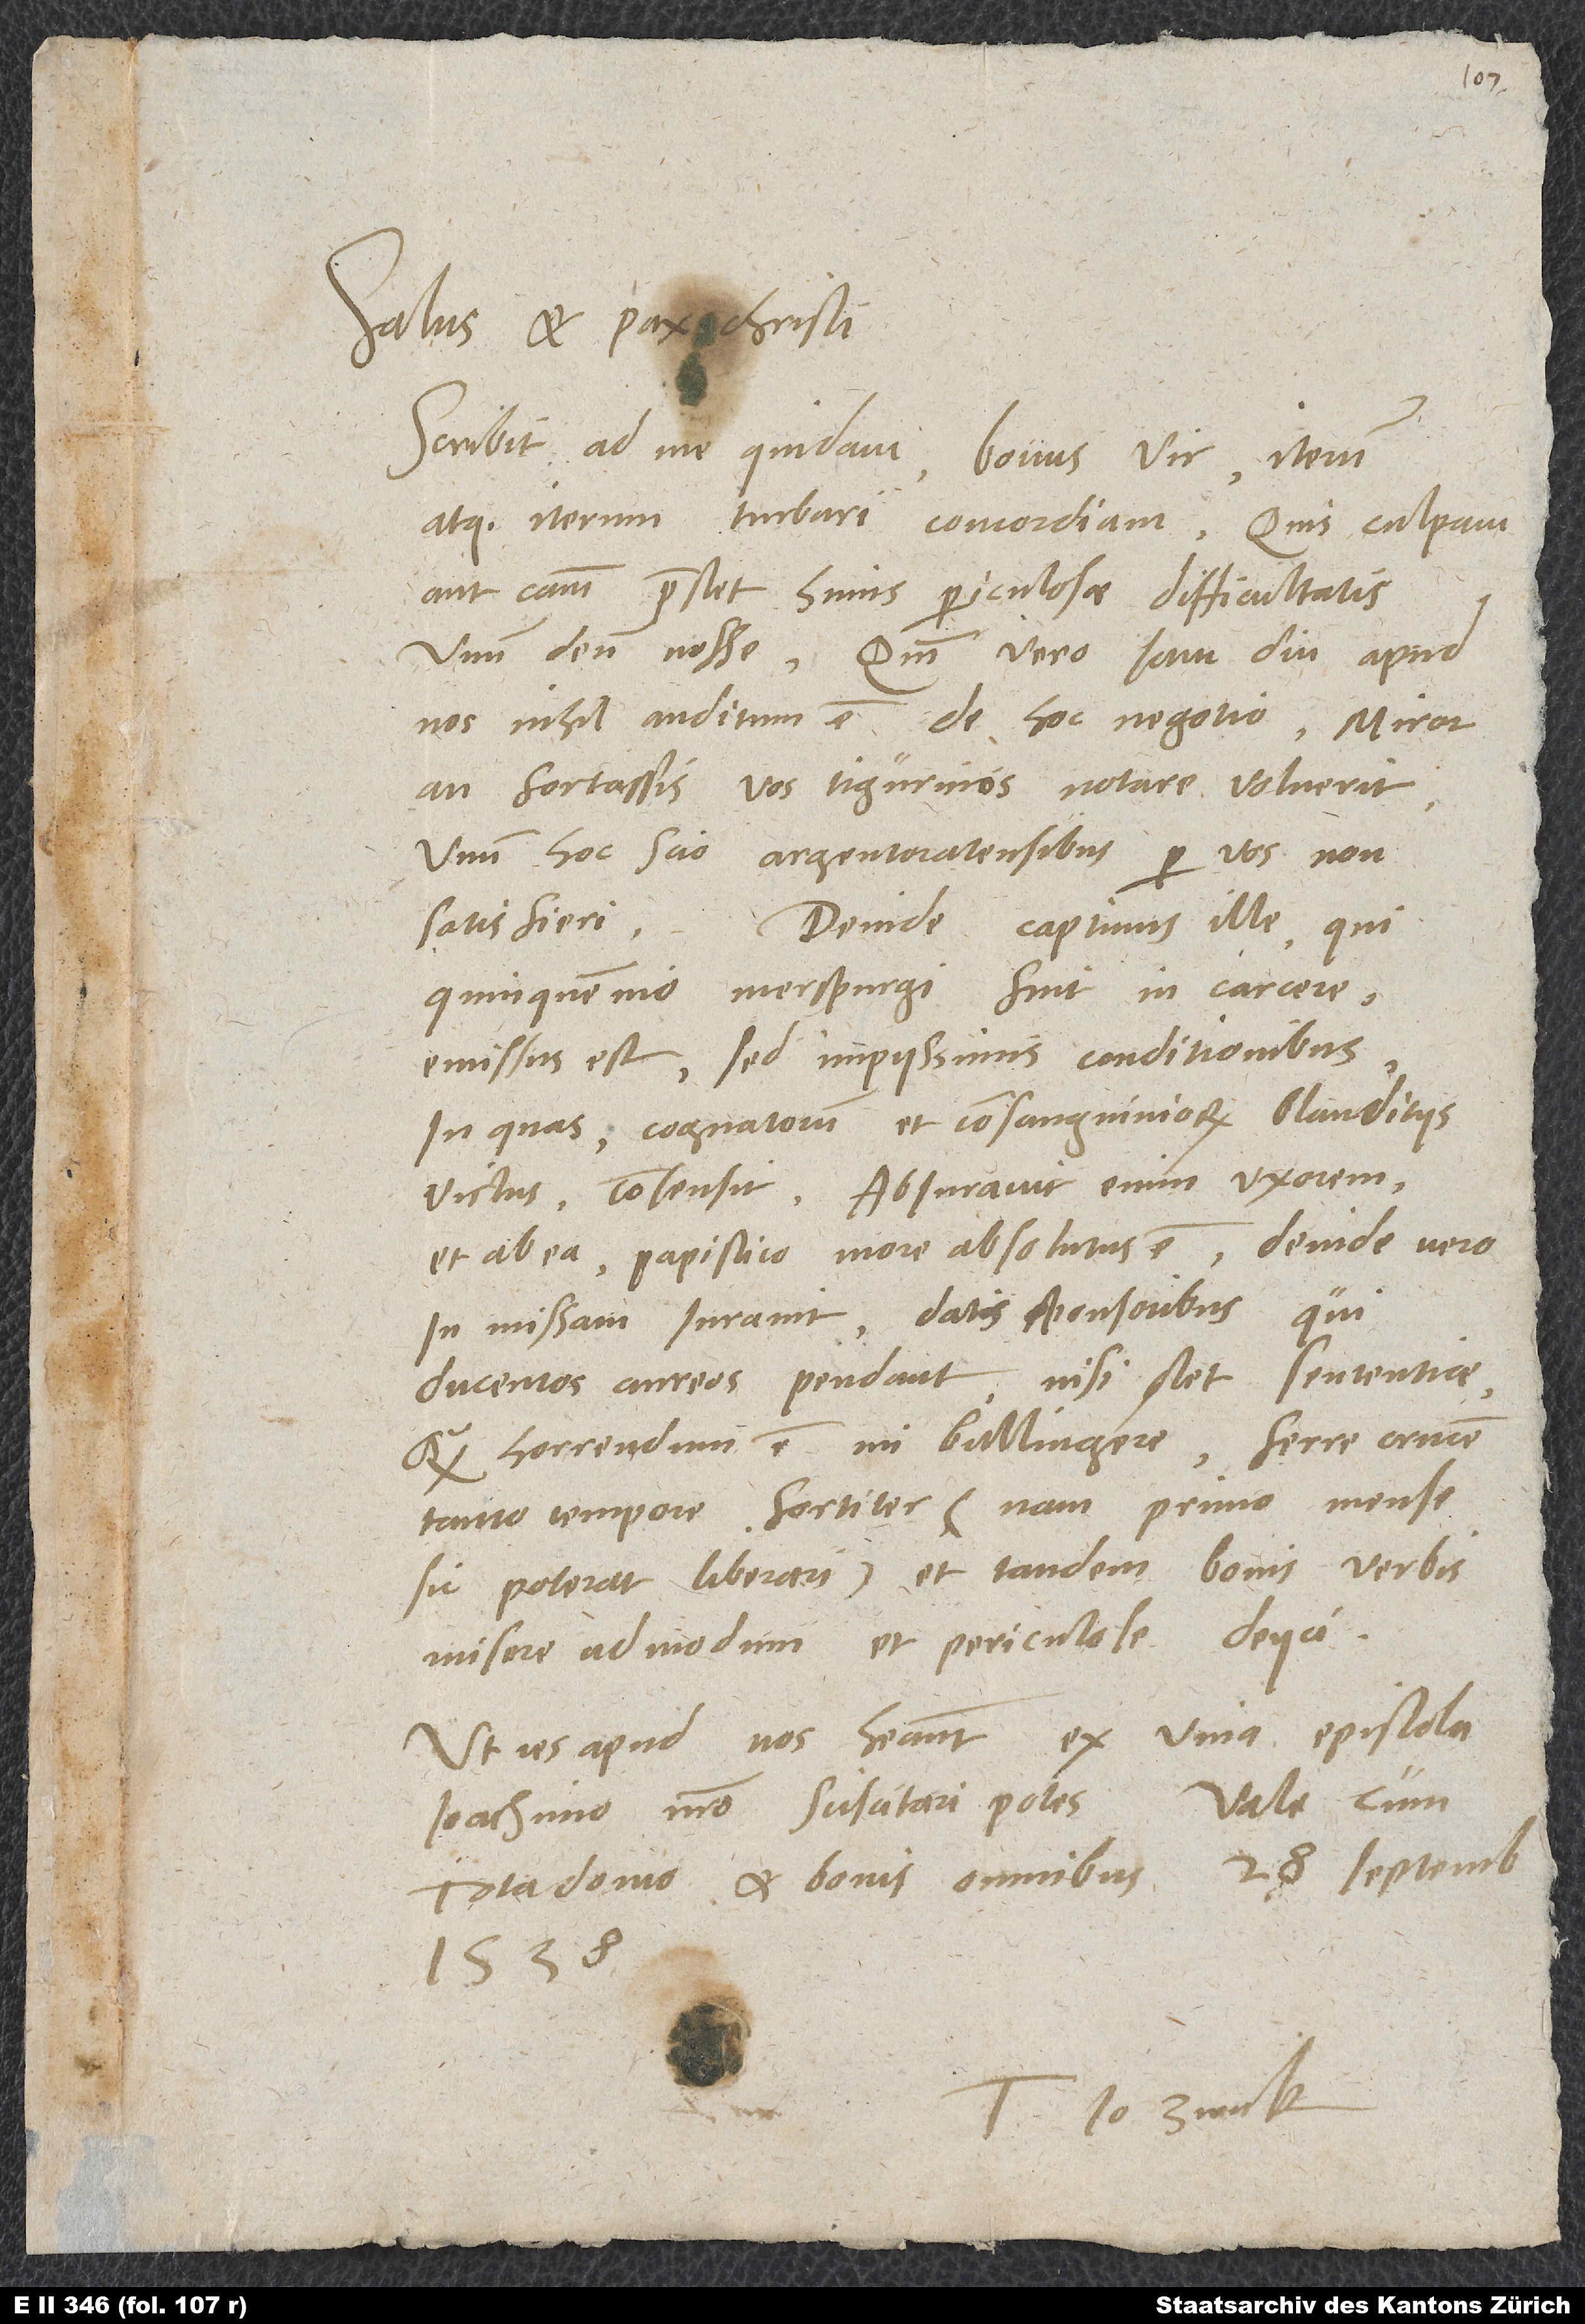
Salus et pax Christi.
atque iterum turbari concordiam; quis culpam
aut causam praestet huius periculosae difficultatis,
unum deum nosse. Quoniam vero iam diu apud
nos nihil auditum est de hoc negotio, miror,
an fortassis vos Tigurinos notare voluerit.
Unum hoc scio, Argentoratensibus per vos non
quinquennio Merspurgi fuit in carcere,
emissus est, sed impiissimis conditionibus,
in quas cognatorum et consanguiniorum blanditiis
victus consensit. Abiuravit enim uxorem
et ab ea papistico more absolutus est, deinde vero
in missam iuravit datis sponsoribus, qui
ducentos aureos pendant, nisi stet sententiae.
Quam horrendum est, mi Bullingere, ferre crucem
tanto tempore fortiter (nam primo mense
sic poterat liberari) et tandem bonis verbis
misere admodum et periculose deiici!
Ut res apud nos habeant, ex viva epistola
Ioachimo nostro sciscitari potes.
tota domo et bonis omnibus. 28. septembris
1538.
Tuus Io. Zwick.